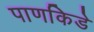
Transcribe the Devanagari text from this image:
पाणकिडे